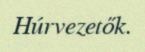
Húrvezetők.